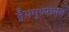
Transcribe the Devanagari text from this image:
द्वैयमुष्यायन